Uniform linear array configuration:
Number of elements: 12
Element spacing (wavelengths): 0.25
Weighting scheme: blackman
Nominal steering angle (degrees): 15
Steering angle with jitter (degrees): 13.488
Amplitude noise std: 0.05
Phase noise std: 0.05

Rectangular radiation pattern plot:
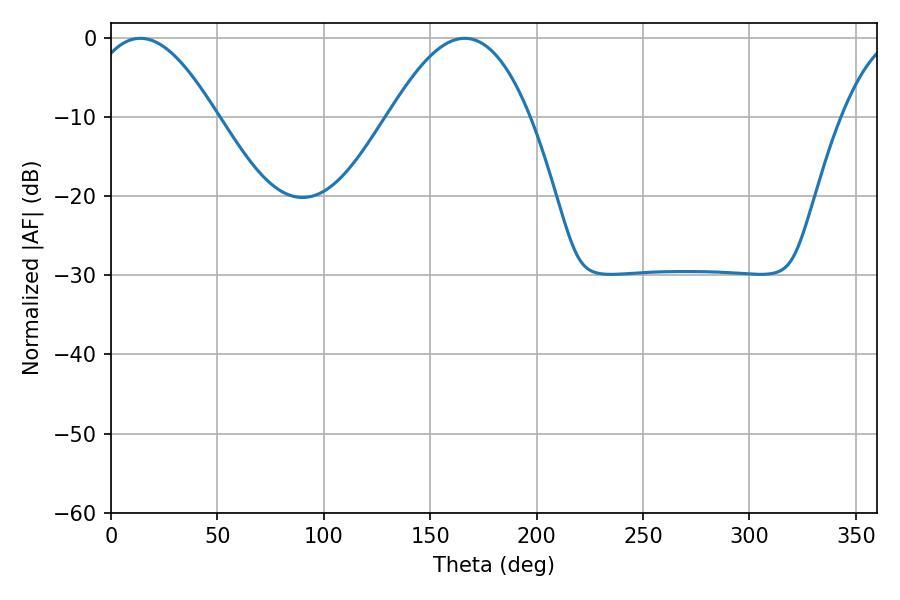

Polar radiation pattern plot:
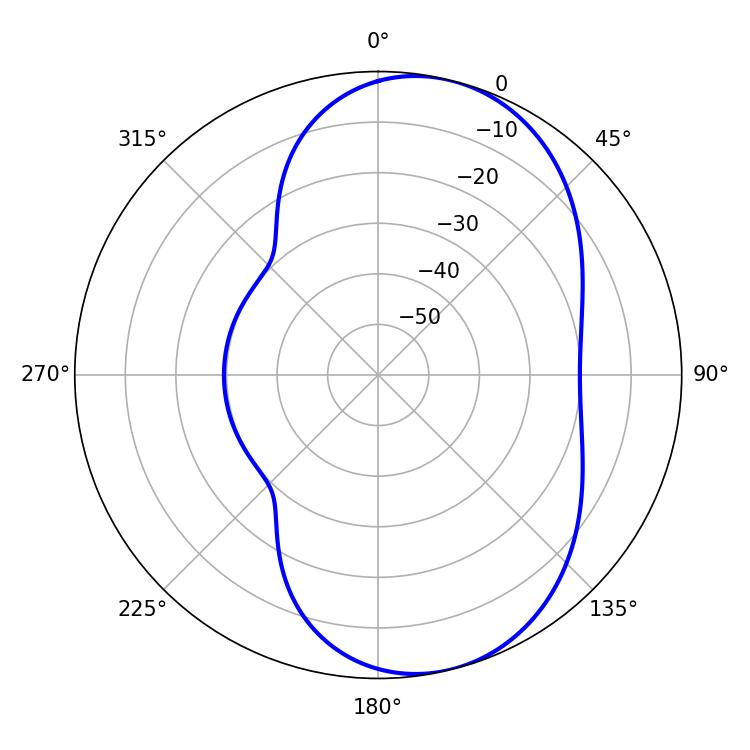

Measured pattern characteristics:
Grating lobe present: FALSE
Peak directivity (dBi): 7.369
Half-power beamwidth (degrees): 32.58
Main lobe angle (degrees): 13.86